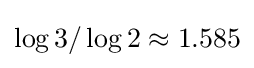
\log 3/\log 2\approx 1.585